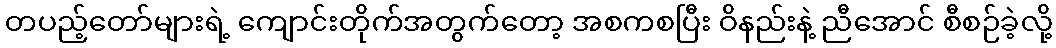
တပည့်တော်များရဲ့ ကျောင်းတိုက်အတွက်တော့ အစကစပြီး ဝိနည်းနဲ့ ညီအောင် စီစဉ်ခဲ့လို့